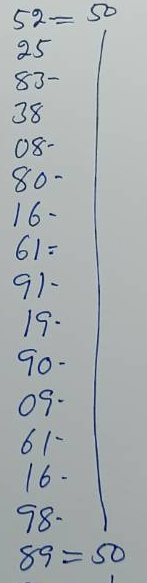
52 = 50
25 = 50
83 = 50
38 = 50
08 = 50
80 = 50
16 = 50
61 = 50
91 = 50
19 = 50
90 = 50
09 = 50
61 = 50
16 = 50
98 = 50
89 = 50